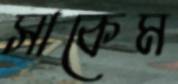
সাকেম